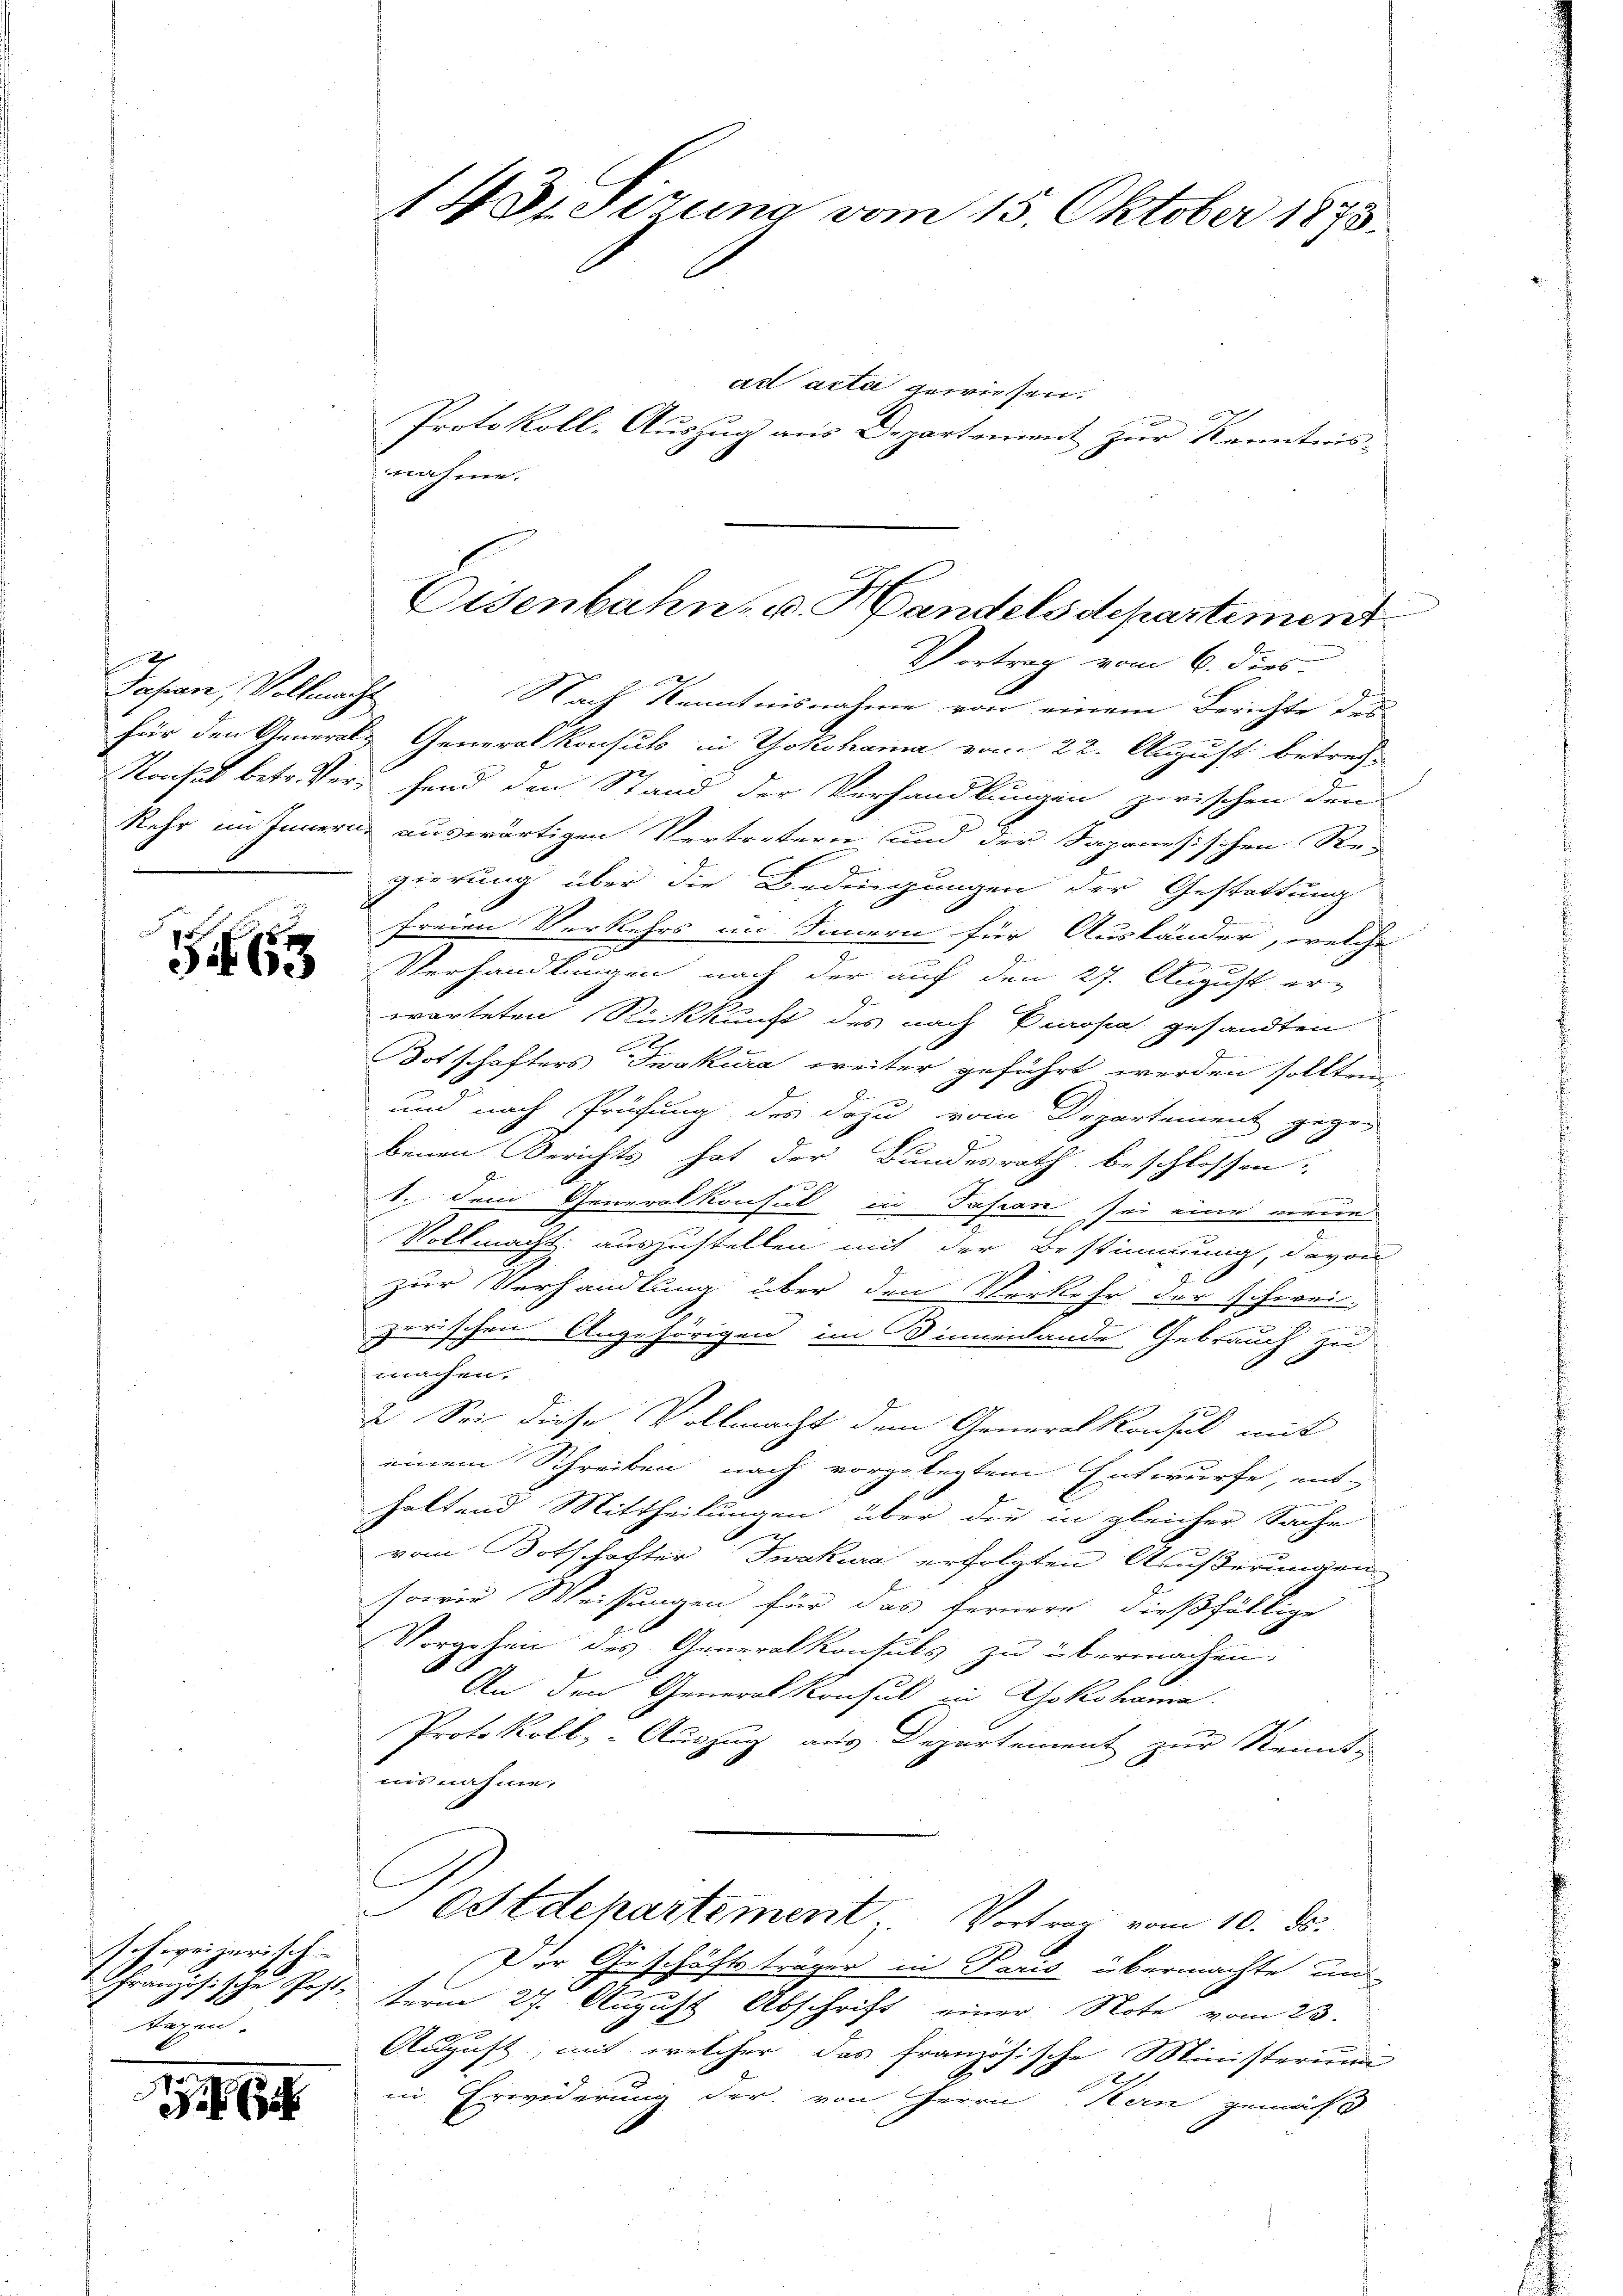
4
Japan, Vollmacht

schweizerisch
hrung
d
Tagen.

1 Dreizung vom 15. Oktober 1873.

ad acta gewiesen.
Protokoll-Auszug aus Departement zur Kenntnis-
nahme.

Eisenbahn, u. Handelsdepartement
Vortrag vom 6. dies

2
Nach Kenntnisnahme von einem Berichte des
für den General- Generalkonsuls in Yokohama vom 22. August betref¬
Konsul betr. Ver- Hand den Stand der Verhandlungen zwischen den
kehr im Innern auswärtigen Vertretern und der Sapanesischen Red
gierung über die Bedingungen der Gestattung
freien Verkehrs im Innern für Ausländer, welche
e
 Verhandlungen nach der auf den 27. August erworteten Rückkunft des nach Europa gesandten
Botschafters Twokura weiter geführt werden sollten,
und nach Prüfung des dazu vom Departement gegen
benen Berichts hat der Bundesrath beschlossen:
i
1. dem Generalkonsul in Pasion sei eine neue
2
Vollmacht auszustellen mit der Bestimmung, davon
zur Verhandlung über den Verkehr der schwei-
zerischen Angehörigen im Sinnenlande Gebrauch zu
machen.
2. Sei diese Vollmacht dem Generalkonsul mit
einem Schreiben nach vorgelegtem Entwurfe, ent
haltend Mittheilungen über die in gleicher Sache
x
vom Botschafter Iwakura erfolgten Äußerungen
sowie Weisungen für das fernere dießfällige
Vorgehen des Generalkonsuls zu übermachen.
An den Generalkonsul in Yokohama.
Protokoll, - Auszug aus Departement zur Kennt-
nisnahme.
Ostdepartement, Vertrag vom 10. ds.
Der Geschäftsträger in Paris übermachte un
tische Post term 27. August Abschrift einer Note vom 23.
August, mit welcher das französische Ministerium
in Erwiderung der von Herrn Kern gemäß
s